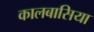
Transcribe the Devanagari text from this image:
कालबासिया